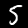
Label: 5